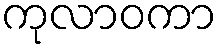
ကုလာဝကာ